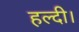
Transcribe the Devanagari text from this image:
हल्दी।